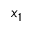
x _ { 1 }